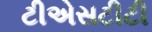
ટીએસટીટી